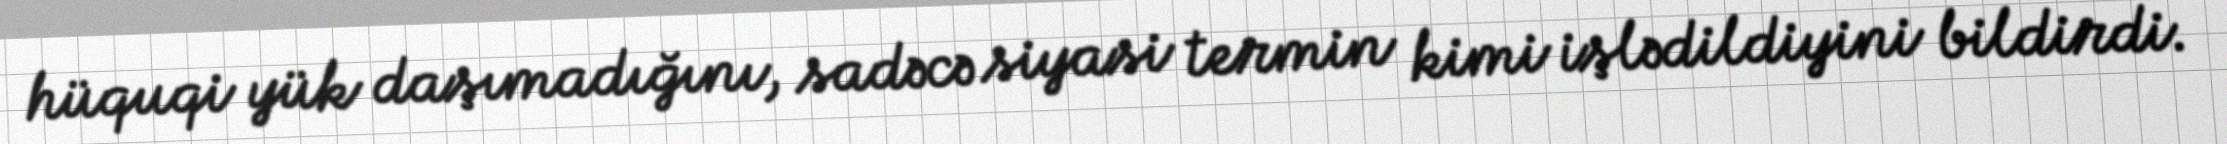
hüquqi yük daşımadığını, sadəcə siyasi termin kimi işlədildiyini bildirdi.